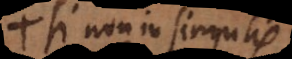
si non in singulis